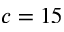
c = 1 5